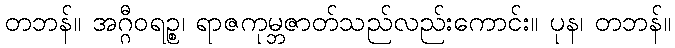
တဘန်။ အဂ္ဂီဝရဉ္စ၊ ရာဇကုမ္ဘဇာတ်သည်လည်းကောင်း။ ပုန၊ တဘန်။